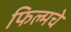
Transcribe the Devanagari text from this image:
फिल्मचे